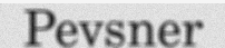
Pevsner